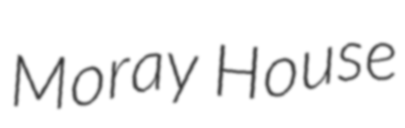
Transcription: Moray House